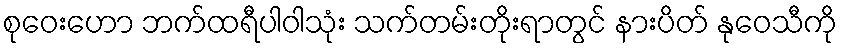
စုဝေးဟော ဘက်ထရီပါဝါသုံး သက်တမ်းတိုးရာတွင် နားပိတ် နုဝေသီကို